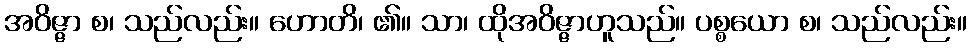
အဝိဇ္ဇာ စ၊ သည်လည်း။ ဟောတိ၊ ၏။ သာ၊ ထိုအဝိဇ္ဇာဟူသည်။ ပစ္စယော စ၊ သည်လည်း။